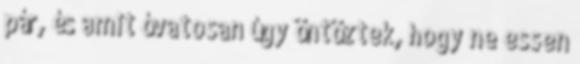
pár, és amit óvatosan úgy öntöztek, hogy ne essen